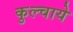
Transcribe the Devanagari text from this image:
कुल्चाये